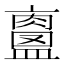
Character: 𥃀